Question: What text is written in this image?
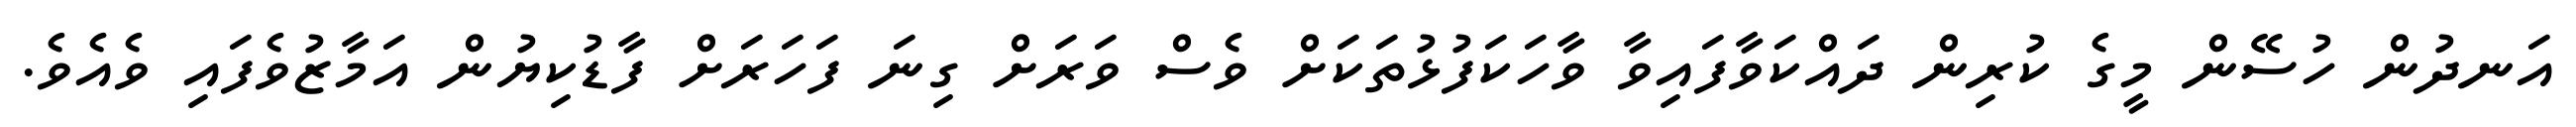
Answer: އަނދުން ހުސޭން މީގެ ކުރިން ދައްކަވާފައިވާ ވާހަކަފުޅުތަކަށް ވެސް ވަރަށް ގިނަ ފަހަރަށް ފާޑުކިޔުން އަމާޒުވެފައި ވެއެވެ.